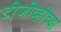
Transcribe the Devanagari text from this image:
टीजीव्हीच्या